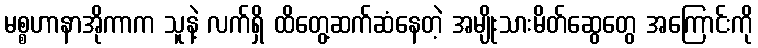
မစ္စဟာနာအိုကာက သူနဲ့ လက်ရှိ ထိတွေ့ဆက်ဆံနေတဲ့ အမျိုးသားမိတ်ဆွေတွေ အကြောင်းကို